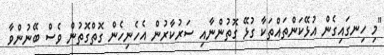
"މި ހިނގައިގެން އުޅޭކަންތައްތަކާ ގުޅޭ ގޮތުންނާއި ސަރުކާރުން އެހެނިހެން ގޮތްގޮތުން ވެސް ބޭނުންވާ